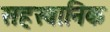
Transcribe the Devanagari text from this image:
सहस्वानिक